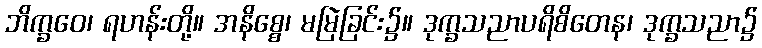
ဘိက္ခဝေ၊ ရဟန်းတို့။ အနိစ္စေ၊ မမြဲခြင်း၌။ ဒုက္ခသညာပရိစိတေန၊ ဒုက္ခသညာ၌